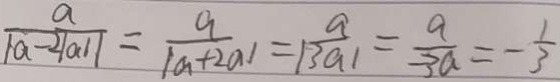
\frac { a } { \vert a - 2 \vert a \vert \vert } = \frac { a } { \vert a + 2 a \vert } = \frac { a } { \vert 3 a \vert } = \frac { a } { - 3 a } = - \frac { 1 } { 3 }